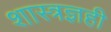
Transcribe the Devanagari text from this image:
शास्त्रज्ञही